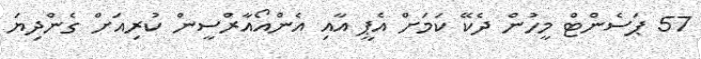
57 ޕަސެންޓް މީހުން ދެކޭ ކަމަށް އެޕީ އާއި އެންއޯއާރްސީން ކުރިއަށް ގެންދިޔަ